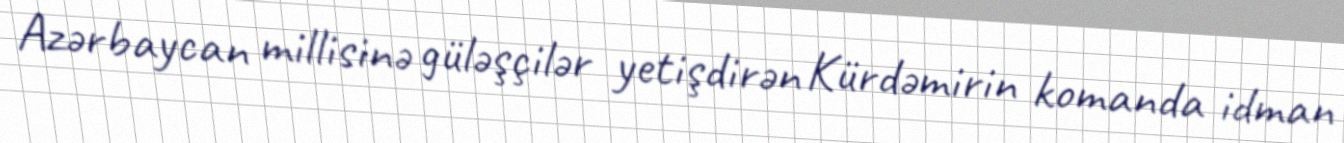
Azərbaycan millisinə güləşçilər yetişdirən Kürdəmirin komanda idman